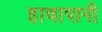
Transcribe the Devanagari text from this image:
हावापानी